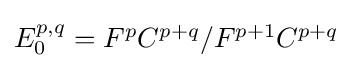
{\textstyle E_{0}^{p,q}=F^{p}C^{p+q}/F^{p+1}C^{p+q}}